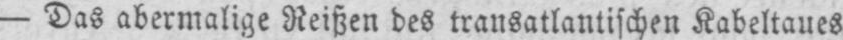
- Das abermalige Reißen des transatlantischen Kabeltaues